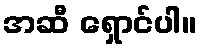
အဆီ ရှောင်ပါ။